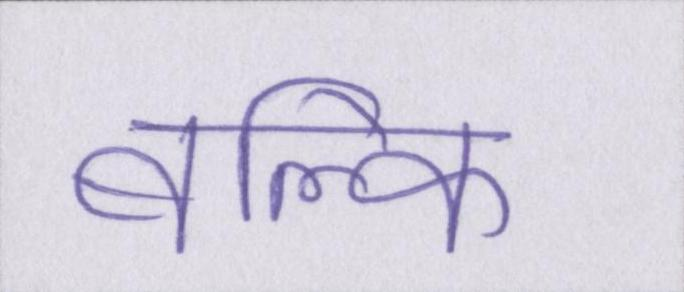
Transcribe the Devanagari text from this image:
बल्कि